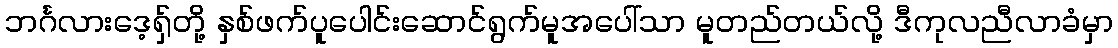
ဘင်္ဂလားဒေ့ရှ်တို့ နှစ်ဖက်ပူပေါင်းဆောင်ရွက်မူအပေါ်သာ မူတည်တယ်လို့ ဒီကုလညီလာခံမှာ